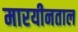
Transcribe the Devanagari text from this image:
मारयीनताल